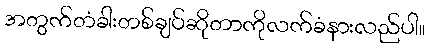
အတွက်တံခါးတစ်ချပ်ဆိုတာကိုလက်ခံနားလည်ပါ။